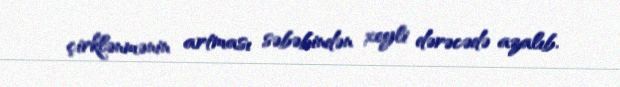
çirklənmənin artması səbəbindən xeyli dərəcədə azalıb.